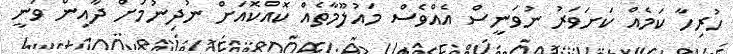
ހުރިހާ ކަމެއް ކަށަވަރު ނުވަނީސް އެއްވެސް މައުލޫމާތެއް ކޮއްކޮއަށް ނުދިނުމަށް ދާއިން ވަނީ